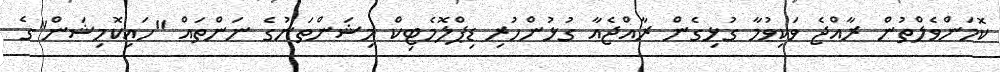
ކޮމަންވެލްތުން ރާއްޖެ ވަކިވުމާ ގުޅިގެން ރާއްޖެއާ ގުޅުންހުރި ޑިޕްލޮމެޓިކް މިޝަންތަނުގެ ނަންތައް "ހައިކޮމިޝަން"ގެ